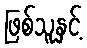
ဖြစ်သူနှင့်